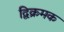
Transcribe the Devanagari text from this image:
द्विक्रमक